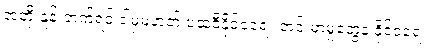
အတိုးနှုန်းတက်ရင် ဒါမှမဟုတ် ပထဝီနိုင်ငံရေး တင်းမာမှုတွေနဲ့ နိုင်ငံရေး